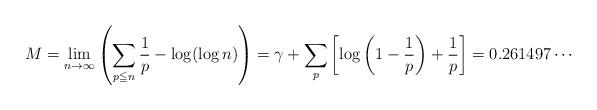
LaTeX: \begin{align*} M=\lim_{n\to\infty}\left(\sum_{p\leqq n}\frac{1}{p}-\log(\log n)\right) =\gamma+\sum_p\left[\log\left(1-\frac{1}{p}\right)+\frac{1}{p}\right] =0.261497\cdots\end{align*}